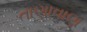
તાણાવાણ